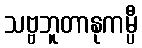
သဗ္ဗဘူတာနုကမ္ပီ